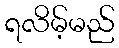
ရလိမ့်မည်